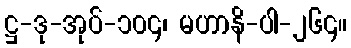
ဋ္ဌ-ဒု-အုပ်-၁၀၄၊ မဟာနိ-ပါ-၂၆၄။